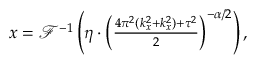
\begin{array} { r } { \boldsymbol { x } = \mathcal { F } ^ { - 1 } \left( \eta \cdot \left( \frac { 4 \pi ^ { 2 } ( k _ { x } ^ { 2 } + k _ { x } ^ { 2 } ) + \tau ^ { 2 } } { 2 } \right) ^ { - \alpha / 2 } \right) , } \end{array}